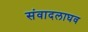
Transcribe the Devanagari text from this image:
संवादलाघव